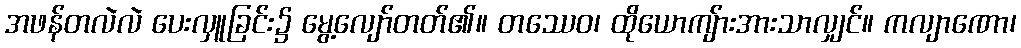
အဖန်တလဲလဲ ပေးလှူခြင်း၌ မွေ့လျော်တတ်၏။ တဿေဝ၊ ထိုယောကျ်ားအားသာလျှင်။ ကလျာဏော၊